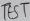
Text: TEST